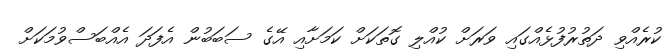
ކުރެއްވި ދަތުރުފުޅެއްގައި ވަރަށް ކުއްލި ގޮތަކަށް ކަމަށާއި އޭގެ ސަބަބުން އެފަދަ އެއްބަސްވުމަކަށް